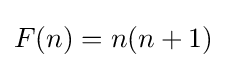
F(n)=n(n+1)